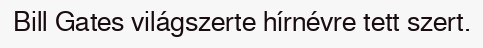
Bill Gates világszerte hírnévre tett szert.